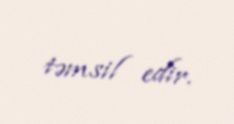
təmsil edir.